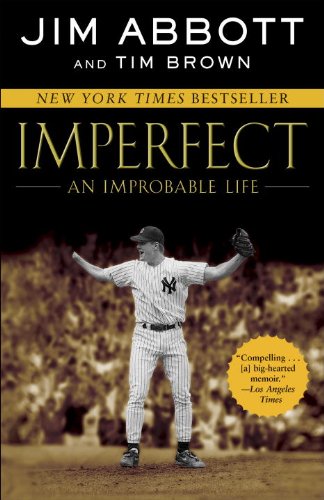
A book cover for Imperfect: An Improbable Life; Jim Abbott; Biographies & Memoirs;